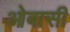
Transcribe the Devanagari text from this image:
ओबासी